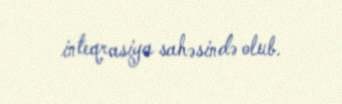
inteqrasiya sahəsində olub.